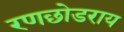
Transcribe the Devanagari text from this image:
रणछोडराय